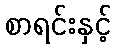
စာရင်းနှင့်